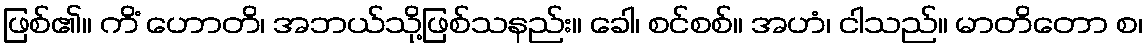
ဖြစ်၏။ ကိံ ဟောတိ၊ အဘယ်သို့ဖြစ်သနည်း။ ခေါ၊ စင်စစ်။ အဟံ၊ ငါသည်။ မာတိတော စ၊